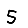
Digit: 5